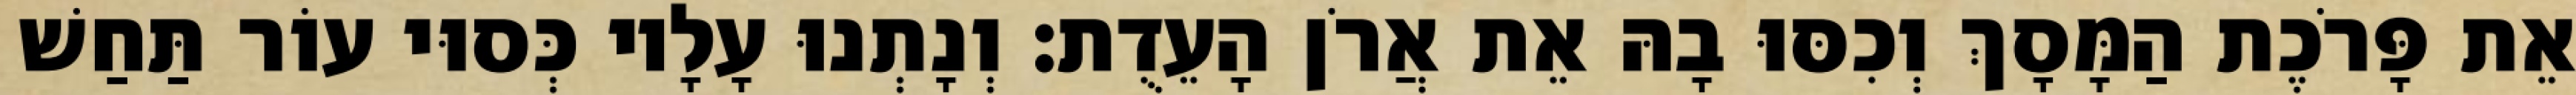
אֵת פָּרֹכֶת הַמָּסָךְ וְכִסּוּ בָהּ אֵת אֲרֹן הָעֵדֻת׃ וְנָתְנוּ עָלָיו כְּסוּי עוֹר תַּחַשׁ